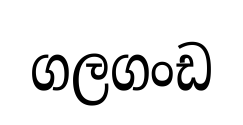
ගලගංඩ